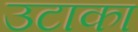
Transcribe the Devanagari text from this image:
उटाका